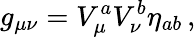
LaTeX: g_{\mu\nu}=V_{\mu}^{a}V_{\nu}^{b}\eta_{ab}\, ,